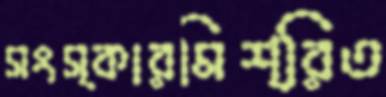
সংস্কারমিশ্রিত